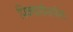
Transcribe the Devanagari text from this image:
पिक्चर्समार्फत